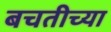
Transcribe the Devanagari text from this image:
बचतीच्या